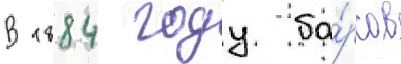
В 1884 году ба́рсов